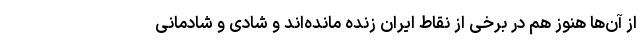
از آن‌ها هنوز هم در برخی از نقاط ایران زنده مانده‌اند و شادی و شادمانی